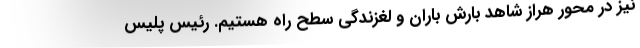
نیز در محور هراز شاهد بارش باران و لغزندگی سطح راه هستیم‌. رئیس پلیس